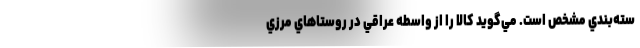
سته‌بندي مشخص است. مي‌گويد كالا را از واسطه عراقي در روستاهاي مرزي